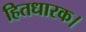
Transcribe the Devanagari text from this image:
हितधारक।